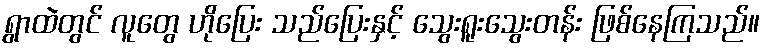
ရွာထဲတွင် လူတွေ ဟိုပြေး သည်ပြေးနှင့် သွေးရူးသွေးတန်း ဖြစ်နေကြသည်။